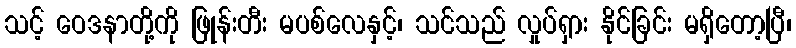
သင့် ဝေဒနာတို့ကို ဖြုန်းတီး မပစ်လေနှင့်၊ သင်သည် လှုပ်ရှား နိုင်ခြင်း မရှိတော့ပြီ၊